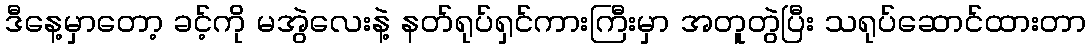
ဒီနေ့မှာတော့ ခင့်ကို မအွဲလေးနဲ့ နတ်ရုပ်ရှင်ကားကြီးမှာ အတူတွဲပြီး သရုပ်ဆောင်ထားတာ